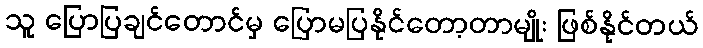
သူ ပြောပြချင်တောင်မှ ပြောမပြနိုင်တော့တာမျိုး ဖြစ်နိုင်တယ်